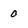
Character: 0